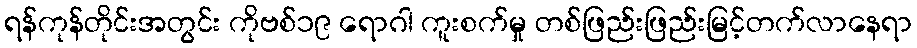
ရန်ကုန်တိုင်းအတွင်း ကိုဗစ်၁၉ ရောဂါ ကူးစက်မှု တစ်ဖြည်းဖြည်းမြင့်တက်လာနေရာ